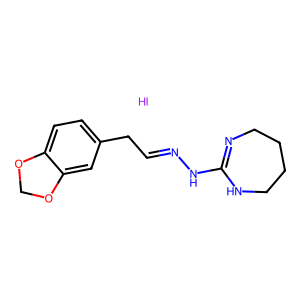
SMILES: C(Cc1ccc2c(c1)OCO2)=NNC1=NCCCCN1.I
Inhibits HIV replication: No